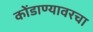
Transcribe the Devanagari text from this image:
कोंडाण्यावरचा